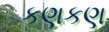
કણકણ